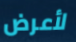
لأعرض